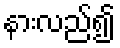
နားလည်၍